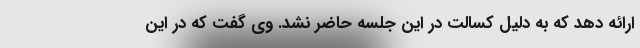
ارائه دهد که به دلیل کسالت در این جلسه حاضر نشد. وی گفت که در این